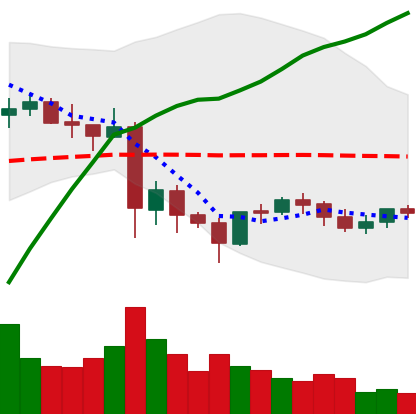
Ticker: LTC-USD
Chart end date: 2021-06-01
Forward return: -3.466%
Label: down_3_5